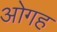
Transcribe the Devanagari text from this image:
ओगह